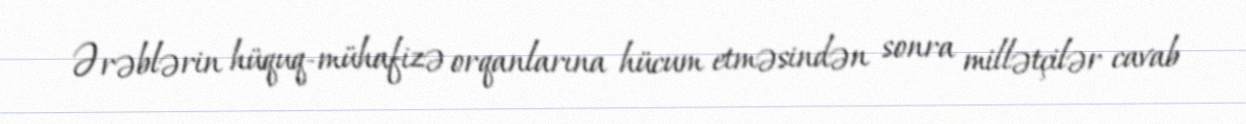
Ərəblərin hüquq-mühafizə orqanlarına hücum etməsindən sonra millətçilər cavab